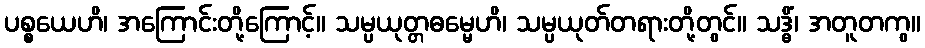
ပစ္စယေဟိ၊ အကြောင်းတို့ကြောင့်။ သမ္ပယုတ္တဓမ္မေဟိ၊ သမ္ပယုတ်တရားတို့တွင်။ သဒ္ဓိံ၊ အတူတကွ။